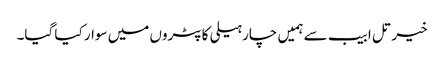
خیر تل ابیب سے ہمیں چار ہیلی کاپٹروں میں سوار کیا گیا۔